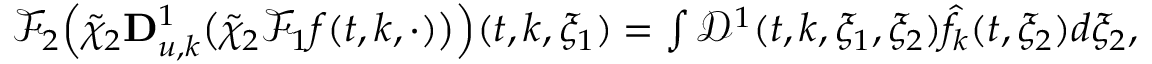
\begin{array} { r } { \mathcal { F } _ { 2 } \Big ( \tilde { \chi } _ { 2 } \mathbf { D } _ { u , k } ^ { 1 } \big ( \tilde { \chi } _ { 2 } \mathcal { F } _ { 1 } f ( t , k , \cdot ) \big ) \Big ) ( t , k , \xi _ { 1 } ) = \int \mathcal { D } ^ { 1 } ( t , k , \xi _ { 1 } , \xi _ { 2 } ) \hat { f } _ { k } ( t , \xi _ { 2 } ) d \xi _ { 2 } , } \end{array}